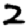
Digit: 2